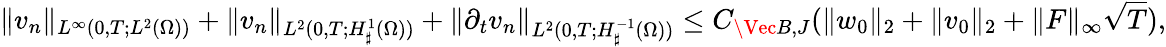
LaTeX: \| v_{n}\| _{L^{\infty}(0,T;L^{2}(\Omega))}+\| v_{n}\| _{L^{2}(0,T;H_{\sharp}^{1}(\Omega))}+\| \partial_{t}v_{n}\| _{L^{2}(0,T;H_{\sharp}^{-1}(\Omega))}\leq C_{\Vec{B},J}(\| w_{0}\| _{2}+\| v_{0}\| _{2}+\| F\| _{\infty}\sqrt{T}),